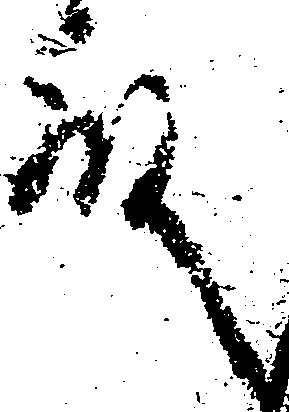
殿